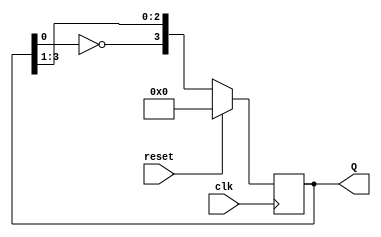
module johnson_counter #(parameter N=4)
    (input clk, reset,
    output reg [N-1:0] Q);

always@(posedge clk)
    begin
        if(reset) 
            Q <= 0; 
        else 
            Q <= {~Q[0], Q[N-1:1]};  
    end 
endmodule